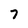
Character: 7